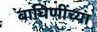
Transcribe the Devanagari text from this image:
वाघिणींच्या